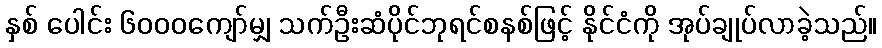
နှစ် ပေါင်း ၆၀၀၀ကျော်မျှ သက်ဦးဆံပိုင်ဘုရင်စနစ်ဖြင့် နိုင်ငံကို အုပ်ချုပ်လာခဲ့သည်။